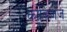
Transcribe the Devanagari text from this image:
काबिजज